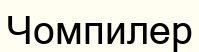
Чомпилер